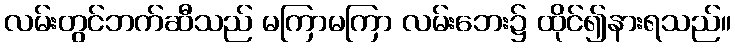
လမ်းတွင်ဘက်ဆီသည် မကြာမကြာ လမ်းဘေး၌ ထိုင်၍နားရသည်။